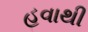
હવાથી